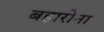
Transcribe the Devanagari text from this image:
बहारोना